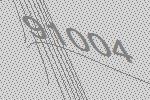
91004